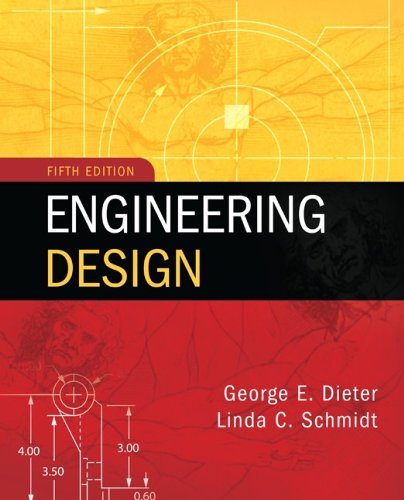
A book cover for Engineering Design; George Dieter; Engineering & Transportation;